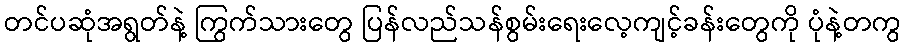
တင်ပဆုံအရွတ်နဲ့ ကြွက်သားတွေ ပြန်လည်သန်စွမ်းရေးလေ့ကျင့်ခန်းတွေကို ပုံနဲ့တကွ